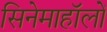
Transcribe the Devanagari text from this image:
सिनेमाहॉलों